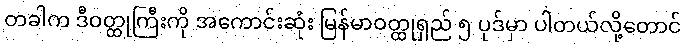
တခါက ဒီဝတ္ထုကြီးကို အကောင်းဆုံး မြန်မာဝတ္ထုရှည် ၅ ပုဒ်မှာ ပါတယ်လို့တောင်